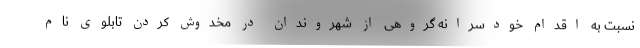
نسبت به اقدام خودسرانه گروهی از شهروندان در مخدوش کردن تابلوی نام